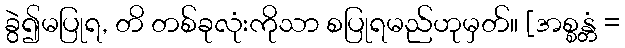
ခွဲ၍မပြုရ, တိ တစ်ခုလုံးကိုသာ စပြုရမည်ဟုမှတ်။ [အစ္စန္တံ =